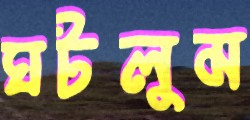
ঘটলুম